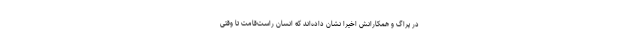
در پراگ و همکارانش اخیراً نشان داده‌اند که انسان راست‌قامت تا وقتی